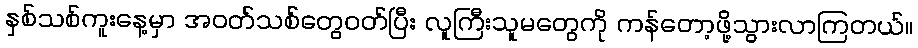
နှစ်သစ်ကူးနေ့မှာ အဝတ်သစ်တွေဝတ်ပြီး လူကြီးသူမတွေကို ကန်တော့ဖို့သွားလာကြတယ်။